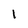
Character: 1